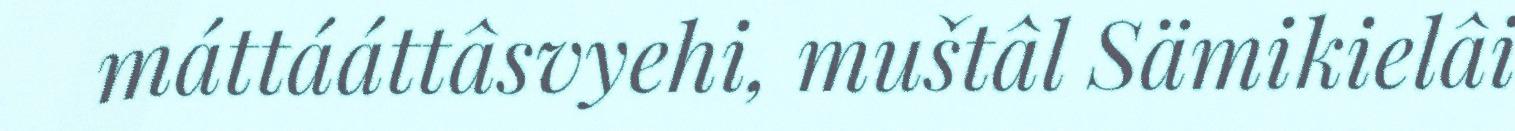
máttááttâsvyehi, muštâl Sämikielâi